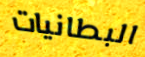
البطانيات